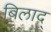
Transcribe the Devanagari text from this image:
बिलाद्